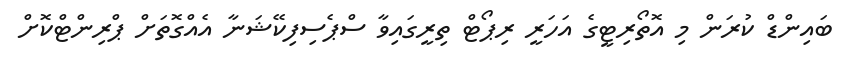
ބައިންޑް ކުރަން މި އޮތޯރިޓީގެ އަހަރީ ރިޕޯޓް ތިރީގައިވާ ސްޕެސިފިކޭޝަނާ އެއްގޮތަށް ޕްރިންޓްކޮށް